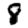
Digit: 8